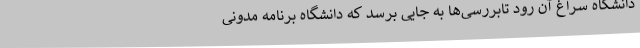
دانشگاه سراغ آن رود تابررسی‌ها به جایی برسد که دانشگاه برنامه مدونی